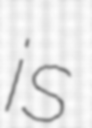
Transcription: is